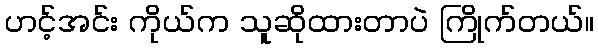
ဟင့်အင်း ကိုယ်က သူဆိုထားတာပဲ ကြိုက်တယ်။